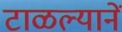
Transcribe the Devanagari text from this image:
टाळल्यानें